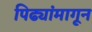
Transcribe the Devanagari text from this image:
पिढ्यांमागून